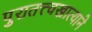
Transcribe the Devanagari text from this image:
पुरातत्त्वखात्याने